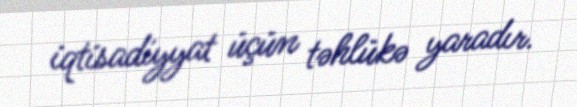
iqtisadiyyat üçün təhlükə yaradır.